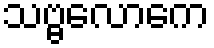
သဗ္ဗလောကေ